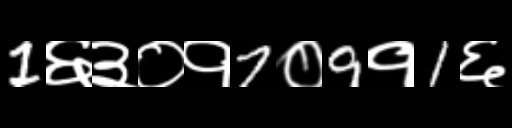
Text: 1६३०१7०9१1६